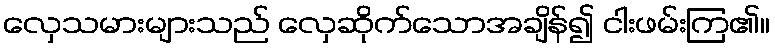
လှေသမားများသည် လှေဆိုက်သောအချိန်၍ ငါးဖမ်းကြ၏။